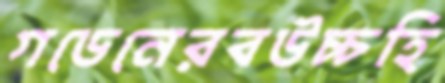
গডেনেরবউচ্চহি